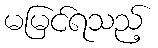
မမြင်ရသည့်